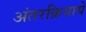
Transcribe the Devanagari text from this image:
अंतरक्रियायें